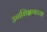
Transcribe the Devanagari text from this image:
उच्चशिक्षणाच्या